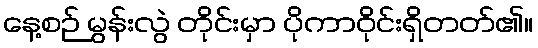
နေ့စဉ် မွန်းလွဲ တိုင်းမှာ ပိုကာဝိုင်းရှိတတ်၏။